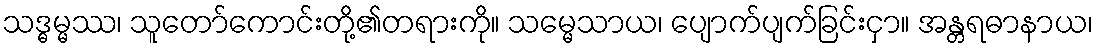
သဒ္ဓမ္မဿ၊ သူတော်ကောင်းတို့၏တရားကို။ သမ္မေသာယ၊ ပျောက်ပျက်ခြင်းငှာ။ အန္တရဓာနာယ၊